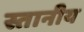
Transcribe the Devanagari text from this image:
स्तानीय